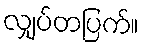
လျှပ်တပြက်။